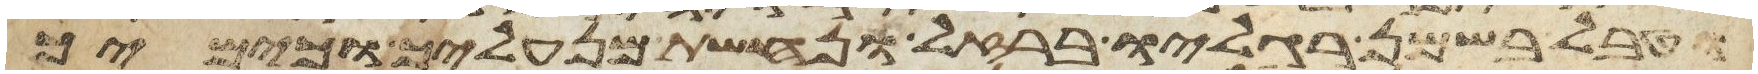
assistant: וטבל בשמן רגליו ברזל ונחשת מנעליך וכימיך